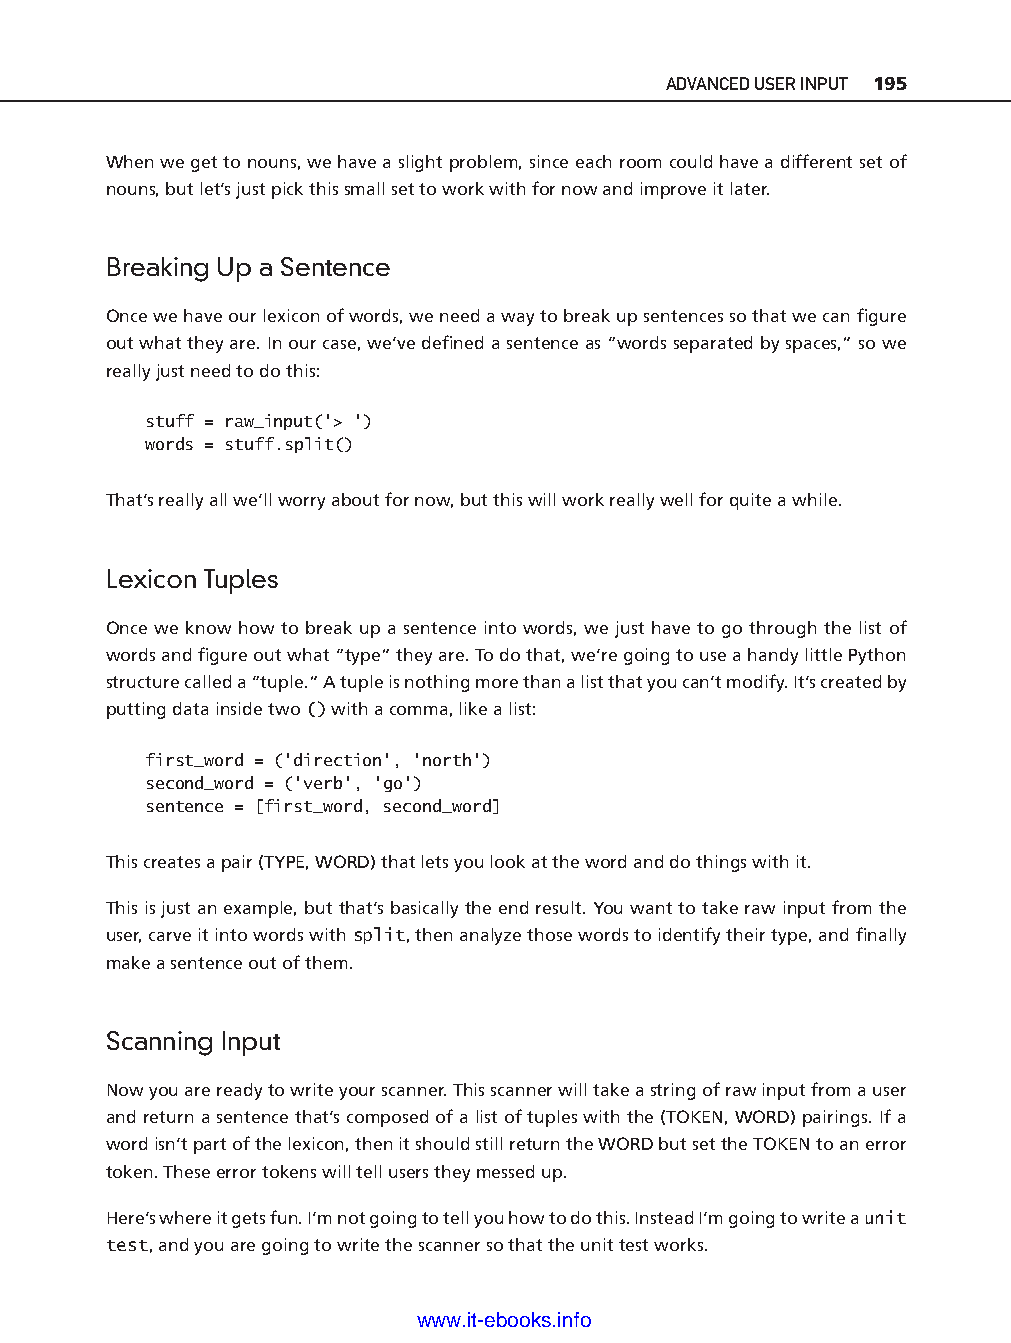
ADVANCED USER INPUT 195
 When we get to nouns, we have a slight problem, since each room could have a different set of
 nouns, but let’s just pick this small set to work with for now and improve it later.
 Breaking Up a Sentence
 Once we have our lexicon of words, we need a way to break up sentences so that we can fi gure
 out what they are. In our case, we’ve defi ned a sentence as “words separated by spaces,” so we
 really just need to do this:
 stuff = raw_input('> ')
 words = stuff.split()
 That’s really all we’ll worry about for now, but this will work really well for quite a while.
 Lexicon Tuples
 Once we know how to break up a sentence into words, we just have to go through the list of
 words and fi gure out what “type” they are. To do that, we’re going to use a handy little Python
 structure called a “tuple.” A tuple is nothing more than a list that you can’t modify. It’s created by ptg11539604
 putting data inside two () with a comma, like a list:
 first_word = ('direction', 'north')
 second_word = ('verb', 'go')
 sentence = [first_word, second_word]
 This creates a pair (TYPE, WORD) that lets you look at the word and do things with it.
 This is just an example, but that’s basically the end result. You want to take raw input from the
 user, carve it into words with split, then analyze those words to identify their type, and fi nally
 make a sentence out of them.
 Scanning Input
 Now you are ready to write your scanner. This scanner will take a string of raw input from a user
 and return a sentence that’s composed of a list of tuples with the (TOKEN, WORD) pairings. If a
 word isn’t part of the lexicon, then it should still return the WORD but set the TOKEN to an error
 token. These error tokens will tell users they messed up.
 Here’s where it gets fun. I’m not going to tell you how to do this. Instead I’m going to write a unit
 test, and you are going to write the scanner so that the unit test works.
 www.it-ebooks.info